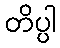
တိပ္ပါ